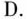
D.